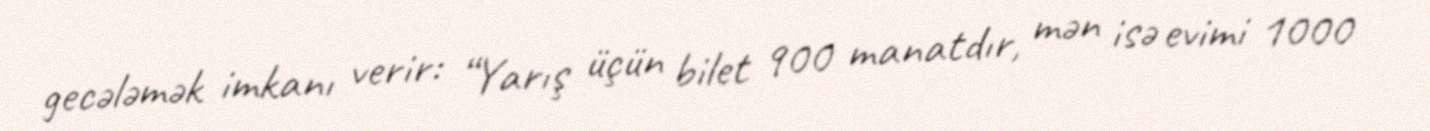
gecələmək imkanı verir: “Yarış üçün bilet 900 manatdır, mən isə evimi 1000